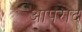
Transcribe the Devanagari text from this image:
आपराद